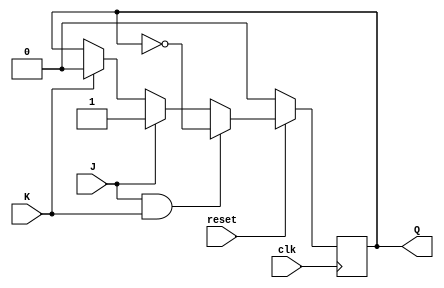
module neg_edge_jk_ff (
    input J,
    input K,
    input clk,
    input reset,
    output reg Q
);

always @(negedge clk) begin
    if (!reset) begin
        Q <= 1'b0;
    end else begin
        if (J && K)
            Q <= !Q;
        else if (J)
            Q <= 1'b1;
        else if (K)
            Q <= 1'b0;
    end
end

endmodule